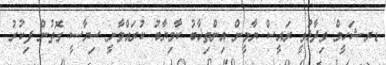
ޑރ.ޝަހީމް ވިދާޅުވީ ރައީސް ޔާމީން އިންތިޚާބު ކާމިޔާބު ކުރައްވާނީ ސިޔާސީ ގޮތުން ފިކުރު